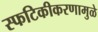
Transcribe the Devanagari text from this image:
स्फटिकीकरणामुळे